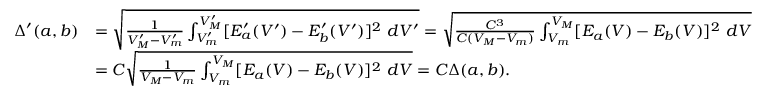
\begin{array} { r l } { \Delta ^ { \prime } ( a , b ) } & { = \sqrt { \frac { 1 } { V _ { M } ^ { \prime } - V _ { m } ^ { \prime } } \int _ { V _ { m } ^ { \prime } } ^ { V _ { M } ^ { \prime } } [ E _ { a } ^ { \prime } ( V ^ { \prime } ) - E _ { b } ^ { \prime } ( V ^ { \prime } ) ] ^ { 2 } ~ d V ^ { \prime } } = \sqrt { \frac { C ^ { 3 } } { C ( V _ { M } - V _ { m } ) } \int _ { V _ { m } } ^ { V _ { M } } [ E _ { a } ( V ) - E _ { b } ( V ) ] ^ { 2 } ~ d V } } \\ & { = C \sqrt { \frac { 1 } { V _ { M } - V _ { m } } \int _ { V _ { m } } ^ { V _ { M } } [ E _ { a } ( V ) - E _ { b } ( V ) ] ^ { 2 } ~ d V } = C \Delta ( a , b ) . } \end{array}